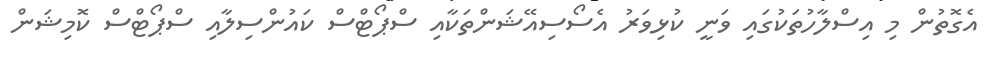
އެގޮތުން މި އިސްލާހުތަކުގައި ވަނީ ކުޅިވަރު އެސޯސިއޭޭޝަންތަކާއި ސްޕޯޓްސް ކައުންސިލާއި ސްޕޯޓްސް ކޮމިޝަން